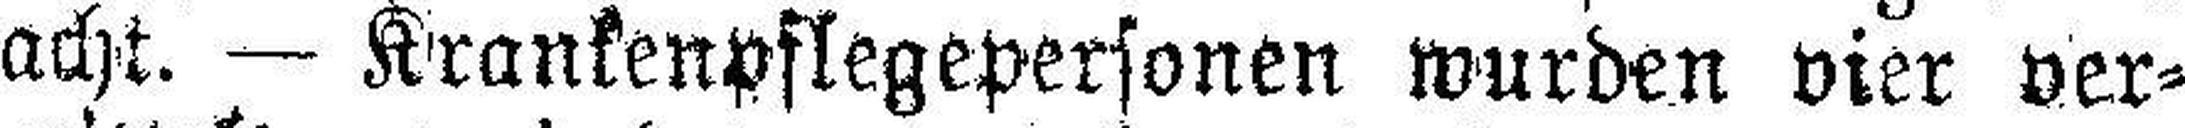
acht. — Krankenpflegepersonen wurden vier ver¬